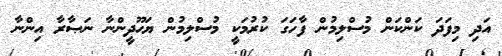
އަދި މިފަދަ ކަންކަން މުސްލިމުން ފާހަގަ ކުރުމަކީ މުސްލިމުން ޔަހޫދީންނާ ނަޞާރާ އިންނާ